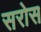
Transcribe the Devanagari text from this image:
सरोस